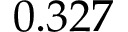
0 . 3 2 7